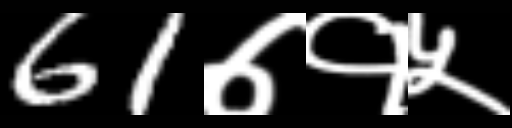
Text: 61७१५